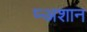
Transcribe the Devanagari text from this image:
प्र्‍अशान